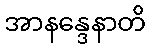
အာနန္ဒေနာတိ